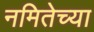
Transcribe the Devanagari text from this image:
नमितेच्या